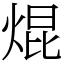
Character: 焜